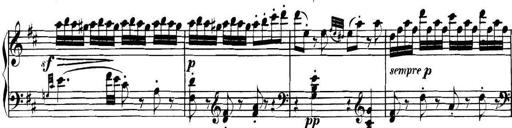
Title: Collected Piano Sonatas
Composer: Muzio Clementi